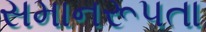
સમાનરૂપતા